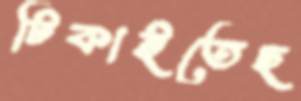
টিকাইতেছ